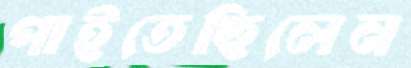
পাইতেছিলেন